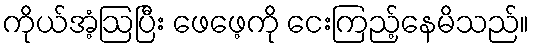
ကိုယ်အံ့ဩပြီး ဖေဖေ့ကို ငေးကြည့်နေမိသည်။